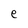
Character: e